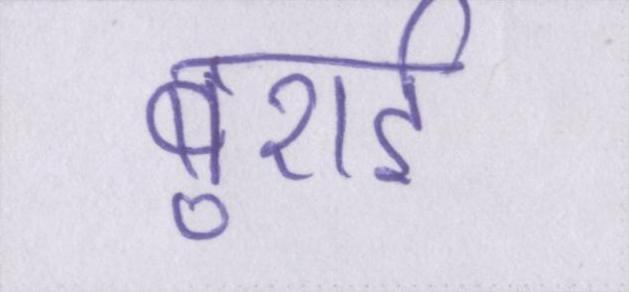
बुराई